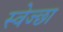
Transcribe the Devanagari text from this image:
स्वेज्छा